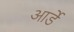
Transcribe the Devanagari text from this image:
आर्डे